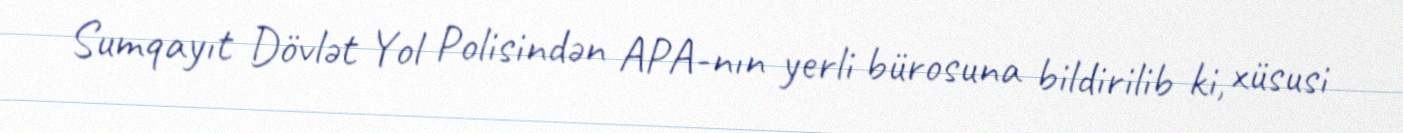
Sumqayıt Dövlət Yol Polisindən APA-nın yerli bürosuna bildirilib ki, xüsusi